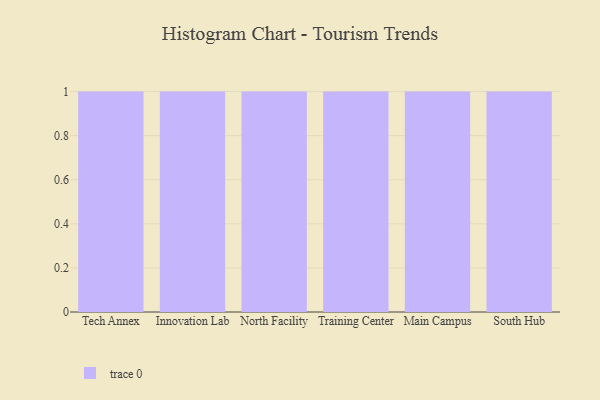
{"axis": {"x": "Campus", "y": "Shipments"}, "legend": [""], "data": [{"x": "Tech Annex", "y": 58, "type": ""}, {"x": "Innovation Lab", "y": 86, "type": ""}, {"x": "North Facility", "y": 99, "type": ""}, {"x": "Training Center", "y": 100, "type": ""}, {"x": "Main Campus", "y": 15, "type": ""}, {"x": "South Hub", "y": 80, "type": ""}]}